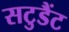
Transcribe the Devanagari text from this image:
सटुडैंट